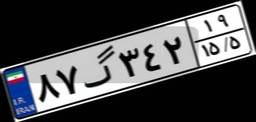
۰۷گ۷۳۱۴۲